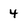
Character: 4